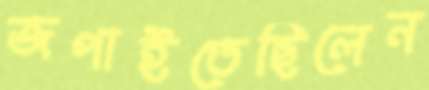
জপাইতেছিলেন